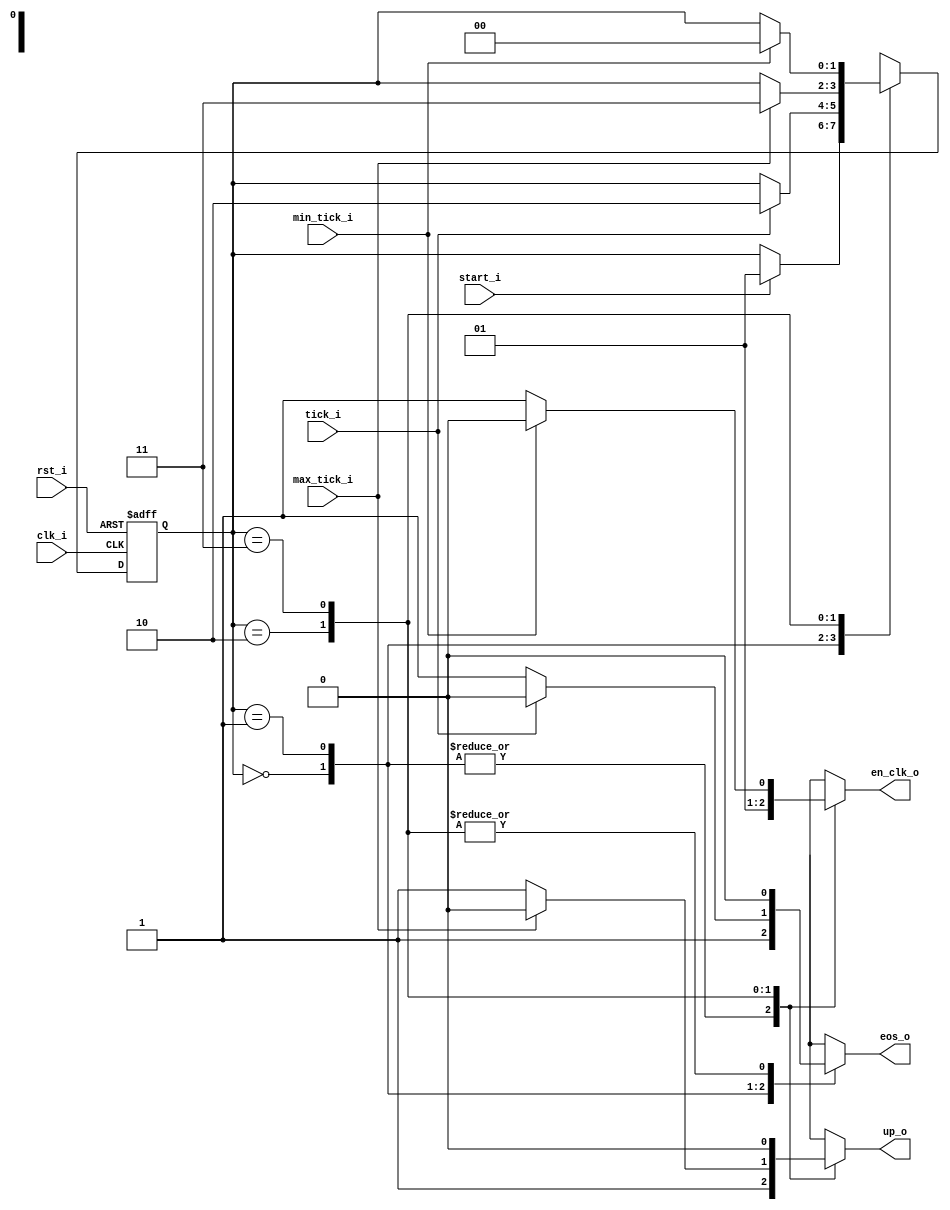
// Name: .v
//
// Description:

module fsm_ramp (
  input      rst_i,
  input      clk_i,
  input      start_i,
  input      tick_i,
  input      max_tick_i,
  input      min_tick_i,
  output reg en_clk_o,
  output reg up_o,
  output reg eos_o
);

  localparam [1:0] s0 = 2'b00, // Esperar
                   s1 = 2'b01, // Sincronizacion
                   s2 = 2'b10, // Incrementar
                   s3 = 2'b11; // Decrementar

  reg [1:0] state_reg, state_next;

  always @(*) begin
    state_next = state_reg; 
    en_clk_o = 1'b1;
    up_o     = 1'b1;
    eos_o    = 1'b0;
    case (state_reg)
      s0: begin // Esperar
            en_clk_o = 1'b0;
            up_o     = 1'b1;
            eos_o    = 1'b1;
            if (start_i) begin
              state_next = s1;
            end 
          end
      s1: begin // Sincronizacion
            en_clk_o = 1'b0;
            up_o     = 1'b1;
            eos_o    = 1'b1;
            if (tick_i) begin
              eos_o    = 1'b0;
              state_next = s2;
            end 
          end
      s2: begin // Incrementar
            if (max_tick_i) begin
              up_o     = 1'b0;
              state_next = s3;
            end 
          end
      s3: begin // Decrementar
            up_o     = 1'b0;
            if (min_tick_i) begin
              en_clk_o = 1'b0;
              state_next = s0;
            end 
          end
    endcase
  end

  always @(posedge clk_i, posedge rst_i) begin
    if (rst_i) begin
      state_reg <= s0;
    end else begin
      state_reg <= state_next;
    end
  end

endmodule